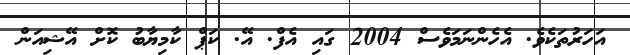
އަހަރުތަކެވެ. އެހެންނަމަވެސް 2004 ގައި އެފް. އޭ. ކަޕް ކާމިޔާބު ކޮށް އޭޝިއަން